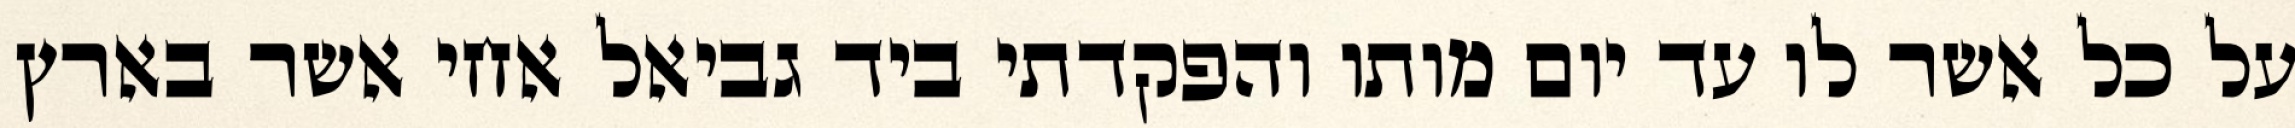
על כל אשר לו עד יום מותו והפקדתי ביד גביאל אחי אשר בארץ